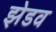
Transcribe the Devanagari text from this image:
झेडव